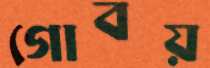
গোবয়